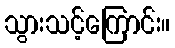
သွားသင့်ကြောင်း။